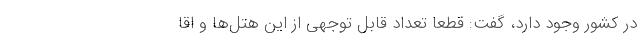
در کشور وجود دارد، گفت: قطعا تعداد قابل توجهی از این هتل‌ها و اقا